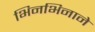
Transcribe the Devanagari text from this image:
भिनभिनाने